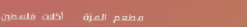
مطعم المزة   أكلات فلسطين